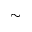
\sim